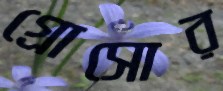
গ্রোসোর